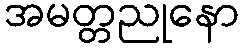
အမတ္တညုနော